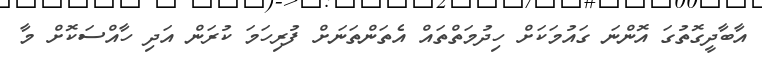
އާބާދީގޮތުގަ އޮންނަ ގައުމަކަށް ހިދުމަތްތައް އެތަންތަނަށް ފުރިހަމަ ކުރަން އަދި ހާއްސަކޮށް މާ